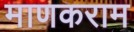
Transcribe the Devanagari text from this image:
माणकराम